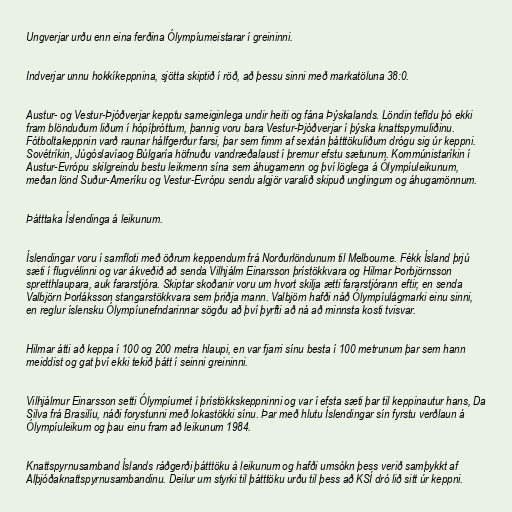
Ungverjar urðu enn eina ferðina Ólympíumeistarar í greininni.

Indverjar unnu hokkíkeppnina, sjötta skiptið í röð, að þessu sinni með markatöluna 38:0.

Austur- og Vestur-Þjóðverjar kepptu sameiginlega undir heiti og fána Þýskalands. Löndin tefldu þó ekki
fram blönduðum liðum í hópíþróttum, þannig voru bara Vestur-Þjóðverjar í þýska knattspyrnuliðinu.
Fótboltakeppnin varð raunar hálfgerður farsi, þar sem fimm af sextán þátttökuliðum drógu sig úr keppni.
Sovétríkin, Júgóslavíaog Búlgaría höfnuðu vandræðalaust í þremur efstu sætunum. Kommúnistaríkin í
Austur-Evrópu skilgreindu bestu leikmenn sína sem áhugamenn og því löglega á Ólympíuleikunum,
meðan lönd Suður-Ameríku og Vestur-Evrópu sendu algjör varalið skipuð unglingum og áhugamönnum.

Þátttaka Íslendinga á leikunum.

Íslendingar voru í samfloti með öðrum keppendum frá Norðurlöndunum til Melbourne. Fékk Ísland þrjú
sæti í flugvélinni og var ákveðið að senda Vilhjálm Einarsson þrístökkvara og Hilmar Þorbjörnsson
spretthlaupara, auk fararstjóra. Skiptar skoðanir voru um hvort skilja ætti fararstjórann eftir, en senda
Valbjörn Þorláksson stangarstökkvara sem þriðja mann. Valbjörn hafði náð Ólympíulágmarki einu sinni,
en reglur íslensku Ólympíunefndarinnar sögðu að því þyrfti að ná að minnsta kosti tvisvar.

Hilmar átti að keppa í 100 og 200 metra hlaupi, en var fjarri sínu besta í 100 metrunum þar sem hann
meiddist og gat því ekki tekið þátt í seinni greininni.

Vilhjálmur Einarsson setti Ólympíumet í þrístökkskeppninni og var í efsta sæti þar til keppinautur hans, Da
Silva frá Brasilíu, náði forystunni með lokastökki sínu. Þar með hlutu Íslendingar sín fyrstu verðlaun á
Ólympíuleikum og þau einu fram að leikunum 1984.

Knattspyrnusamband Íslands ráðgerði þátttöku á leikunum og hafði umsókn þess verið samþykkt af
Alþjóðaknattspyrnusambandinu. Deilur um styrki til þátttöku urðu til þess að KSÍ dró lið sitt úr keppni.